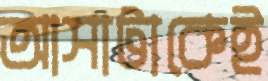
আসাটাকেই